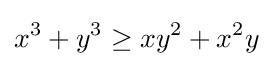
x^{3}+y^{3}\geq xy^{2}+x^{2}y